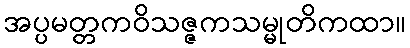
အပ္ပမတ္တကဝိသဇ္ဇကသမ္မုတိကထာ။